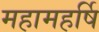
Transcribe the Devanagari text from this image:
महामहर्षि